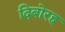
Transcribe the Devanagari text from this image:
दिबोरह